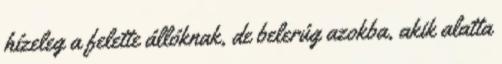
hízeleg a felette állóknak, de belerúg azokba, akik alatta